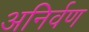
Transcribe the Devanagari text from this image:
अनिर्वण